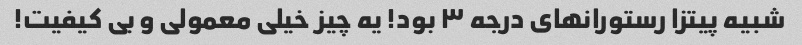
شبیه پیتزا رستورانهای درجه ۳ بود! یه چیز خیلی معمولی و بی کیفیت!